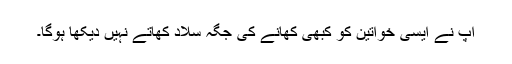
آپ نے ایسی خواتین کو کبھی کھانے کی جگہ سلاد کھاتے نہیں دیکھا ہوگا۔